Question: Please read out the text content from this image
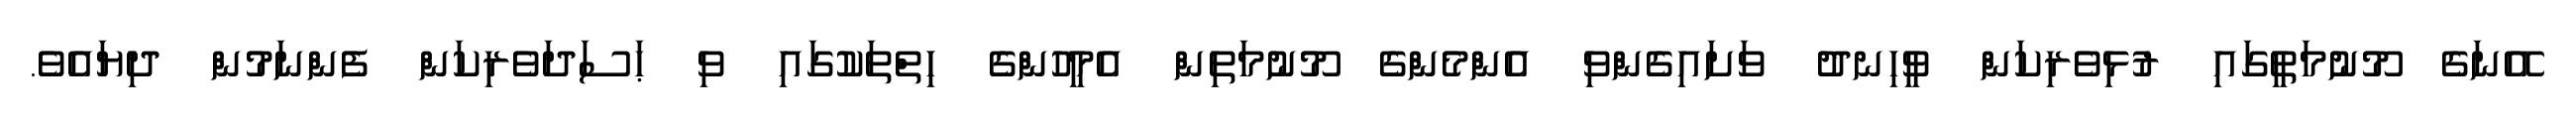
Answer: އޭނަގެ މޫނުމަތީގައި ރުޅިވެރިކަން ވީހިނދު ވަށައިގެންވި އެންމެންގެ މޫނުމަތިން އެމީހުންގެ ހިތްތަކުގައި ވި ޙަސަދަވެރިކަން ފެންނަމުން ދިޔައެވެ.